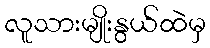
လူသားမျိုးနွယ်ထဲမှ